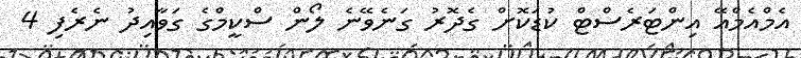
އެމްއެމްއޭ އިންޓަރެސްޓް ކުޑަކޮށް ގެދޮރު ގަނެވޭނެ ލޯން ސްކީމްގެ ގަވާއިދު ނެރެފި 4